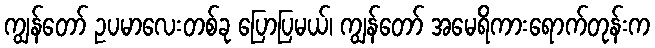
ကျွန်တော် ဥပမာလေးတစ်ခု ပြောပြမယ်၊ ကျွန်တော် အမေရိကားရောက်တုန်းက